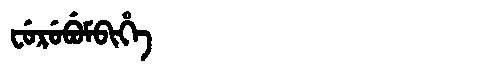
Manchu: ᠸᡠᡵᡠᠪᡠᠮᠪᡳᡥᡝ
Romanization: FURUBUMBIHE